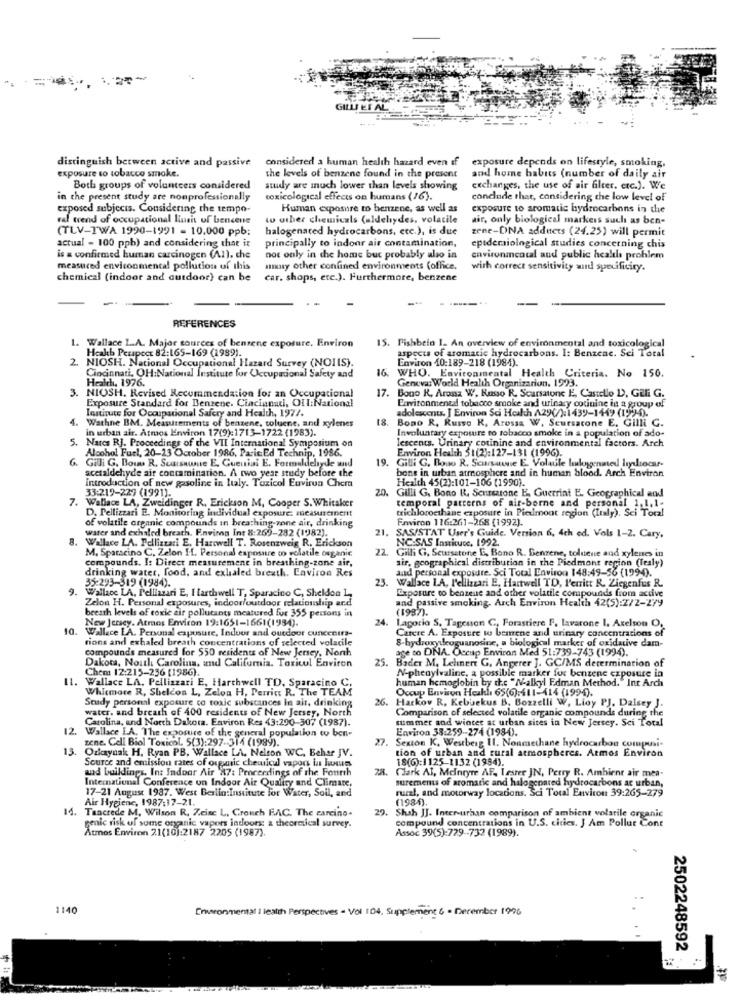
GILLIES AL
distinguish between active and passive
considered a human health hazard even if
exposure depends on lifestyle, smoking,
exposure to tobacco smoke.
the levels of benzene found in the present
and home habuts (number of daily air
Both groups of volunteers considered
study are much lower than levels showing
exchanges, the use of air filter. crc.). We
in the present study are nonprofessionally
toxicological effects on humans (16).
conclude that, considering che low level of
exposed subjects. Considering the tempo-
Human exposure to benzene, as well as
exposure to aromatic hydrocarbons in the
raf trend of occupational linait of bencene
to other chemicals (aldehydes, volatile
air, only biological markers such as ben-
(TLV-TWA 1990-1991 - 10.000 ppb:
halogenared hydrocarbons, ecc.), is due
zene-DINA addnets (24.25) will permit
actual - 100 ppb) and considering that it
principally to indoor air contamination,
epidemiological studies concerning chis
is & confirmed human carcinogen (A1), che
not only in the home buc probably also in
environmental and public health problem
measured environmental pollution of this
unusy other confined environments (office.
wirh correct sensitivity and specificity.
chemical (indoor and cutdoor) can be
car. shops, etc.). Furthermore, benzene
REFERENCES
1. Wallace L.A. Major sources of benzene exposure, Environ
15. Fishbein I. An overview of environmental and toxicological
aspects of aromatic hydrocarbons. I: Benzene. Sei Total
2
Hcakb Perspect 82:165-169 (1989).
NIOSH. National Occupational Hazard Survey (NOIIS).
Environ 10:189-218 (1984).
16.
WHO. Environmental Health Criteria. No 150.
Cincinnati, OH:National Institute for Occupational Safety and
Health. 1976.
Geneva: World Health Organizarion. 1923.
3.
17.
Bono R, Arossz W. Russo R. Scarsatone E, Castello D), GER G.
NIOSH. Revised Recommendation for an Occupational
Exposure Standard for Benzene. Cincinnati, OUI:National
Institute for Occupational Safety and Health, 1977.
adolescents. [ Environ Sci Health A29(/):1439-1449 (1994).
Environmental tobacco smoke and urinary cotinine to a group of
4.
18. Bono R, Russo K, Arossa W. Scursacone E. Gilli C.
in urban air. Atmos Environ 17(9):1713-1722 (1983).
Wathne BM. Measurements of benzene, toluene, and xylenes
Involuntary expouire to tobacco smoke in a population of ado-
lescents. Urinary cotinine and environmental factors. Arch
5. Narcs RJ. Proceedings of the VII International Symposium on
Alcohol Fuel, 20-23 October 1986, Paric Ed Technip, 1986.
Environ Health 51(2):127-131 (1996).
19. Gilli G. Bono R. Sewrsuwie E. Volatile halogenmed lysocar-
6. Gilli G. Bow R. Scusawue E. Guenini E. Formaldehyde and
acetaldehyde air contamination. A two year study before the
bone in urban atmosphere and in human blood. Arch Environ
Introduction of new gasoline in Italy. Toxicol Environ Chem
Health 45(2):101-106 (1990).
20.
Gilli G. Bono R. Seursatone E, Guerrint E. Geographical and
7.
33:219-229 (1991).
Wallace LA, Zweidinger R. Erickson M, Cooper S. Whitaker
temporal patterns of air-borne and personal 1.1,1-
trichloroethane exposure in Piedmont region (Italy). Sci Toral
D. Pellizzari E. Monitoring individual exposure: measurement
of volatile organic compounds in breathing-zone air, drinking
Environ 116:261-268 (1992).
warer and exhaled breath. F.nvinna Int 8:269-282 (1982).
21.
SASISTAT User's Guide. Version 6, 4ch ed. Vols 1-2. Cary,
8.
Wallace LA. Pellizzari E, Harowell T. Rosenzweig R. Erickson
NC:SAS Instituce. 1992.
M. Sparacino C. Zelon IL. Personal exposure oo volatile organic
22.
Gilli G, Seursstone E, Bono R. Benzene, toluene and xylenes in
compounds. I: Direct measurement in breathing-zone air,
air, geographical distribution in the Piedmont region (Tealy)
drinking water, food, and exhaled breath. Environ Res
and personal exposure. Sci Total Environ 148:49-56 (1990).
35:293-319 (1984).
23.
Wallace LA. Pellizzari E. I farthwell T, Sparacino C, Sheldon 1,
Wallace LA, l'ellizzari E, Hartwell TD, P'enritt R. Ziegenfus R.
Zelon H. Personal exposures, indoor/outdoor relationship and
Exposure to benzene and other volatile compounds from active
and passive smoking. Arch Environ Health 42(5):2/2-279
breath levels of toxic air pollutants meatured fur 355 persons in
(1987).
New Jersey. Atmos Environ 19:1651-1661(1954).
24. Laporio S, Tagesson G, Forastiere F. lavarone I. Axelson O.
10.
Wallace LA. Personal exposure, Indoor and outdoor cuncentra-
Carere A. Exposure to bemene and urinary concentrations of
tions and exhaled breath concentrations of selected volatile
8-hydroxydeoguanosine, a biological marker of oxidative dam-
compounds measured for $50 residents of New Jersey, Nonh
age to DNA. Occup Environ Med 51:739-743 (1994).
Dakota, Noul Carolina, and California. Toxicol Environ
25.
Bader M. Lelinert G, Angerer ]. GC/MS determination of
Chem 12:215-236 (1986).
N-phenylvaline, a possible marker for benzene exposure in
Wallace LA. Pellizzari E, Harthwell TD, Sparacino C.
human hemoglobin by the "N-alkyl Edman Method."Int Arch
Whitmore R, Sheldon L, Zeloa H, Perrict R. The TEAM
Occup Environ Heaklı 65(6):411-414 (1994).
Study personal exposure co toxic substances in air, drinking
26.
water, and breath of 400 residents of New Jersey, North
Harkov R, Kebuekus B. Bozzelli W, Lioy PJ. Daisey J.
Comparison of selected volatile organic compounds during the
Carolina, and North Dakota. Environ Res 43:290-307 (1987).
summer and winter at urban sites in New Jersey. Sci Total
12.
Wallace LA. The exposure of the general population to ben-
Environ 38:259-274 (1984).
zene. Cell Biol Toxicol. 5(3):297.314 (1999).
27. Sexton K. Westberg Il. Nonmethane hydrocarbon compusi-
13.
Ozkaynak H. Ryan PB. Wallace LA. Nelson WC, Behar JV.
tion of urban and rural atmospheres. Atmos Environ
Source and emission rates of organic chemical vapors in Inss
18(6):1125-1132 (1994).
and buildings. In: Indoor Air '87: Proceedings of the Fourth
28.
Clark At, Mentyre AF, Leser JN, Perry R. Ambient air mea-
International Conference on Indoor Air Quality and Climate,
surements of aromatic and halogenared hydrocarbons ac urban,
17-21 August 1987. West Berlin:Institute For Water, Soil, and
rural, and motorway locations. Sci Total Environ 39:265-279
Air Hygiene, 1987:17-21.
(1984).
14.
Taactede M. Wilson R. Zeinc L, Grouch FAC. The carcino.
2. Shah JJ. Inter-urban comparison of ambient volatile organic
compound concentrations in U.S. cities. J Am Pollut Cont
genic risk of some ogg nic vapors indoors a theoretical survey.
Atmos Environ 21(10):2187 2205 (1987).
Assoc 39(5):729 -- 732 (1989).
1140
[nuronmental I health Perspectives - Vol 104. Supplement 6 . December 1996
2502248592